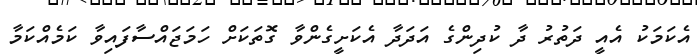
އެކަމަކު އެއީ ދަތުރު ދާ ކުދިންގެ އަދަދާ އެކަށީގެންވާ ގޮތަކަށް ހަމަޖައްސާފައިވާ ކަމެއްކަމާ